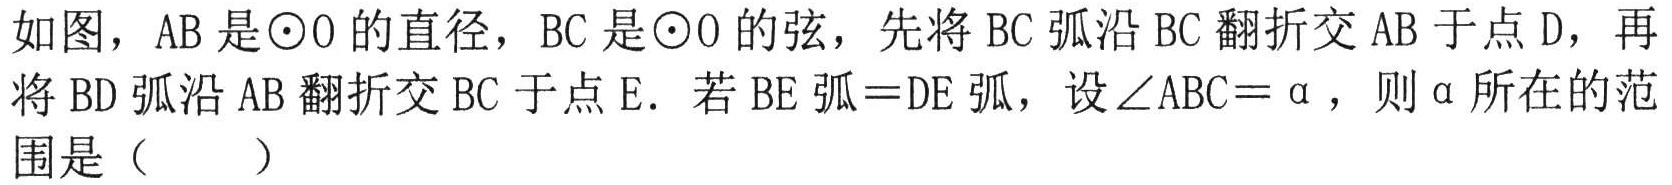
如图，\(AB\)是\(\odot O\)的直径，\(BC\)是\(\odot O\)的弦，先将\(BC\)弧沿\(BC\)翻折交\(AB\)于点\(D\)，再将\(BD\)弧沿\(AB\)翻折交\(BC\)于点\(E\). 若\(BE\)弧\( = DE\)弧，设\(\angle ABC=\alpha\)，则\(\alpha\)所在的范围是（  ）